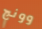
وونج